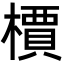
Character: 檟